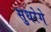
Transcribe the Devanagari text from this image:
सुधरेगे